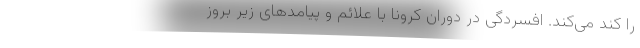
را کند می‌کند. افسردگی در دوران کرونا با علائم و پیامدهای زیر بروز